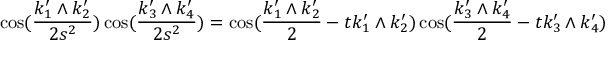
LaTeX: \cos ( \frac { k _ { 1 } ^ { \prime } \wedge k _ { 2 } ^ { \prime } } { 2 s ^ { 2 } } ) \cos ( \frac { k _ { 3 } ^ { \prime } \wedge k _ { 4 } ^ { \prime } } { 2 s ^ { 2 } } ) = \cos ( \frac { k _ { 1 } ^ { \prime } \wedge k _ { 2 } ^ { \prime } } { 2 } - t k _ { 1 } ^ { \prime } \wedge k _ { 2 } ^ { \prime } ) \cos ( \frac { k _ { 3 } ^ { \prime } \wedge k _ { 4 } ^ { \prime } } { 2 } - t k _ { 3 } ^ { \prime } \wedge k _ { 4 } ^ { \prime } )